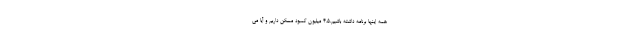
همه اینها برنامه داشته باشیم.۴.۵ میلیون کمبود مسکن داریم و آیا می